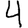
Digit: 4